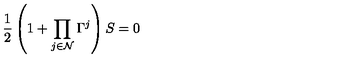
{ \frac { 1 } { 2 } } \left( 1 + \prod _ { j \in { \cal N } } \Gamma ^ { j } \right) S = 0